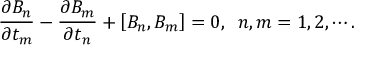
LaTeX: \frac { \partial B _ { n } } { \partial t _ { m } } - \frac { \partial B _ { m } } { \partial t _ { n } } + \left[ B _ { n } , B _ { m } \right] = 0 , \; \; n , m = 1 , 2 , \cdots .